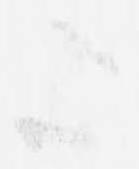
歟